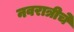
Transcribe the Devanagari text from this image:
नवरात्रीचे